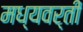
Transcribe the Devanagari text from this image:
मध्‍यवर्ती